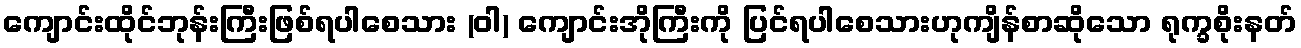
ကျောင်းထိုင်ဘုန်းကြီးဖြစ်ရပါစေသား (ဝါ) ကျောင်းအိုကြီးကို ပြင်ရပါစေသားဟုကျိန်စာဆိုသော ရုက္ခစိုးနတ်